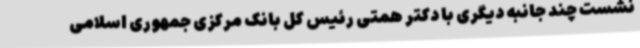
نشست چند جانبه دیگری با دکتر همتی رئیس کل بانک مرکزی جمهوری اسلامی